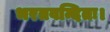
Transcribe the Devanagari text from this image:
भरतवन्दितः।